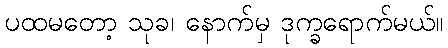
ပထမတော့ သုခ၊ နောက်မှ ဒုက္ခရောက်မယ်။